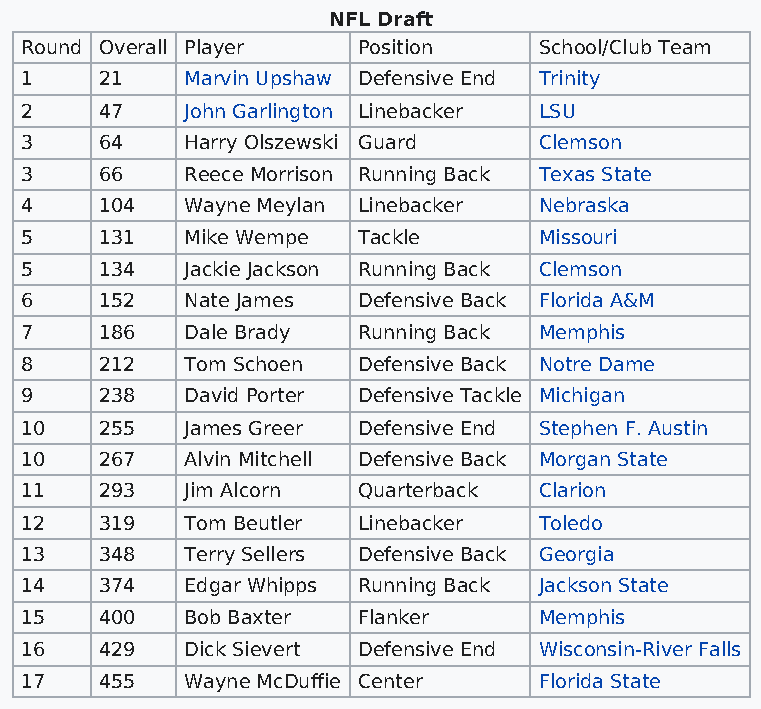
NFL Draft
 Round Overall Player   Position    School/Club Team
 1     21   Marvin Upshaw Defensive End Trinity
 2     47   John Garlington Linebacker LSU
 3     64   Harry Olszewski Guard   Clemson
 3     66   Reece Morrison Running Back Texas State
 4     104  Wayne Meylan Linebacker Nebraska
 5     131  Mike Wempe  Tackle      Missouri
 5     134  Jackie Jackson Running Back Clemson
 6     152  Nate James  Defensive Back Florida A&M
 7     186  Dale Brady  Running Back Memphis
 8     212  Tom Schoen  Defensive Back Notre Dame
 9     238  David Porter Defensive Tackle Michigan
 10    255  James Greer Defensive End Stephen F. Austin
 10    267  Alvin Mitchell Defensive Back Morgan State
 11    293  Jim Alcorn  Quarterback Clarion
 12    319  Tom Beutler Linebacker  Toledo
 13    348  Terry Sellers Defensive Back Georgia
 14    374  Edgar Whipps Running Back Jackson State
 15    400  Bob Baxter  Flanker     Memphis
 16    429  Dick Sievert Defensive End Wisconsin-River Falls
 17    455  Wayne McDuffie Center   Florida State